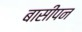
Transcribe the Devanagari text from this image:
बासीपन